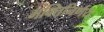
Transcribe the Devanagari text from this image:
भक्तिनिर्णय